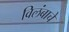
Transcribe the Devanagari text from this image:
विलंबाचे